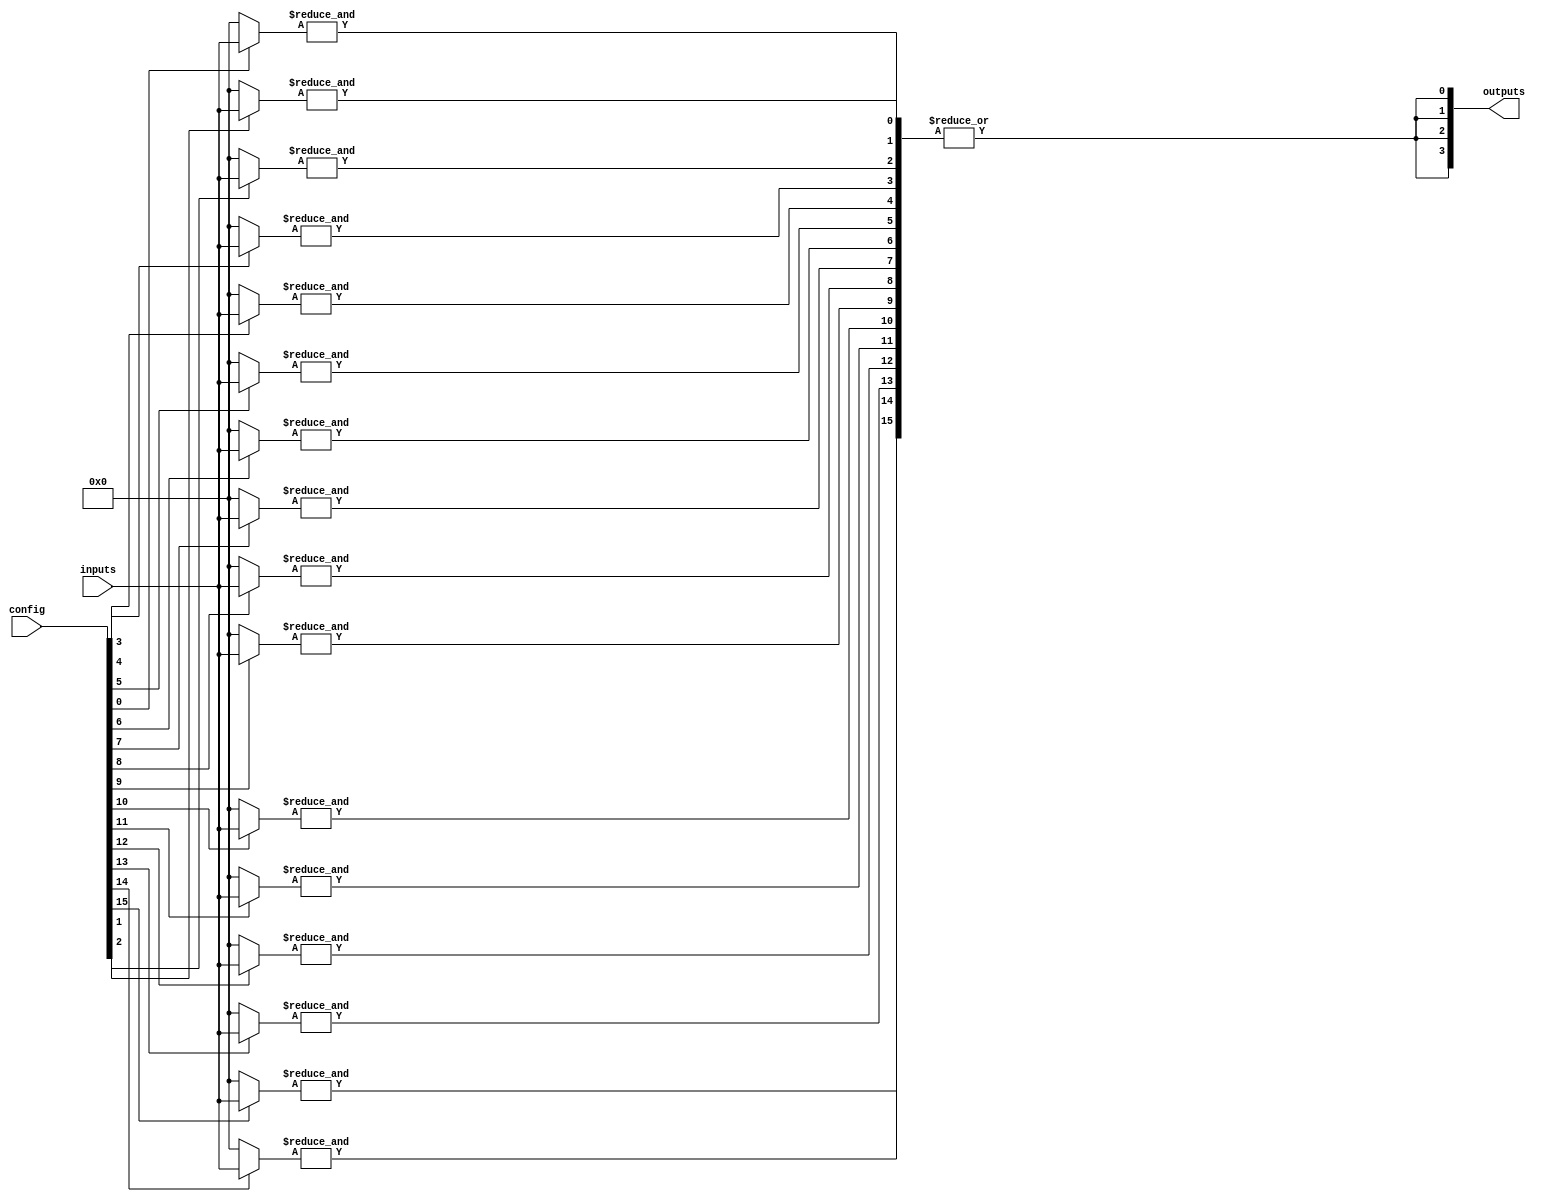
module GAL (
    input wire [N-1:0] inputs,        // N input signals
    input wire [M-1:0] config,        // Configuration signals for AND gates
    output wire [P-1:0] outputs       // P output signals
);
    parameter N = 8;                  // Number of inputs
    parameter M = 16;                 // Number of AND gates
    parameter P = 4;                  // Number of outputs

    // Internal signals
    wire [M-1:0] and_out;             // Outputs from AND gates
    wire [P-1:0] or_out;               // Outputs from OR gates

    // Programmable AND array
    genvar i, j;
    generate
        for (i = 0; i < M; i = i + 1) begin : and_array
            wire [N-1:0] and_inputs;
            assign and_inputs = {inputs[N-1:0]}; // Connect inputs to AND gates based on config

            // Generate AND gate logic based on configuration
            assign and_out[i] = &({config[i] ? and_inputs : 1'b0}); // AND gate logic
        end
    endgenerate

    // Fixed OR array
    generate
        for (j = 0; j < P; j = j + 1) begin : or_array
            // Each OR gate combines outputs from the AND gates
            assign or_out[j] = |(and_out); // OR gate logic
        end
    endgenerate

    // Assign outputs
    assign outputs = or_out;

endmodule